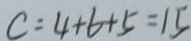
c = 4 + 6 + 5 = 1 5